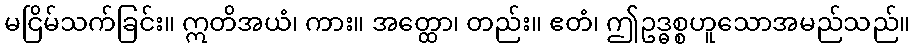
မငြိမ်သက်ခြင်း။ ဣတိအယံ၊ ကား။ အတ္ထော၊ တည်း။ ဧတံ၊ ဤဥဒ္ဓစ္စဟူသောအမည်သည်။